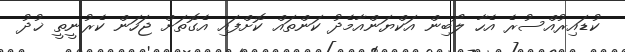
ކުޑައިރުއްސުރެ އެހާ ލޯބިން އަކްޔަންއާމެދު ކަންތައް ކޮށްފައި އެގޮތަށް ޖަހަން ކެރުނީތީ ޚުދު